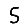
Digit: 5